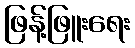
ဖြန့်ဖြူးရေး